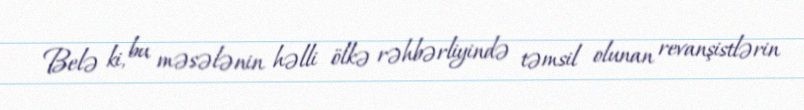
Belə ki, bu məsələnin həlli ölkə rəhbərliyində təmsil olunan revanşistlərin